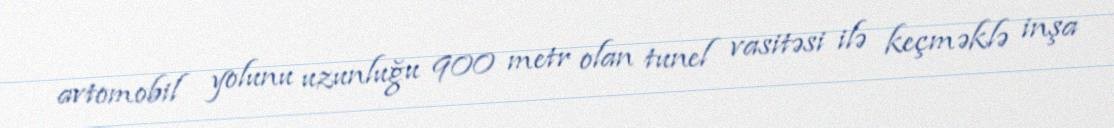
avtomobil yolunu uzunluğu 900 metr olan tunel vasitəsi ilə keçməklə inşa